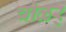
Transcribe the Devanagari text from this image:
चोळर्